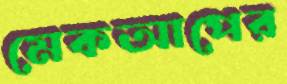
মেকআপের